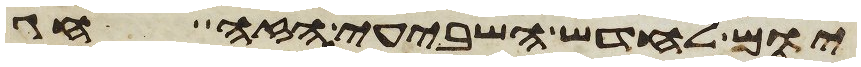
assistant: יום לחדש השביעי הזה חג